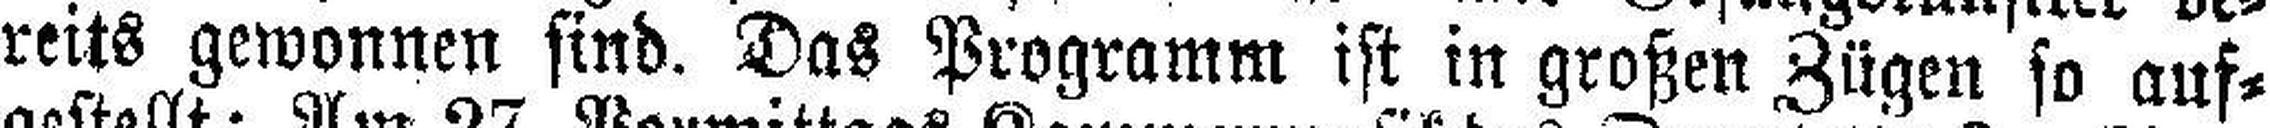
reits gewonnen sind. Das Programm ist in großen Zügen so auf¬